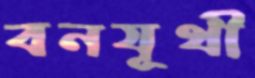
বনযূথী